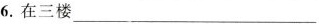
6.在三楼___